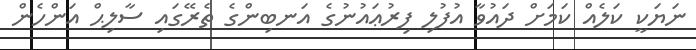
ނަޔަކީ ކަލެއް ކަމަށް ދައުވާ އުފުލި ފިރުޢައުނުގެ އަނބިންގެ ތެރޭގައި ސާލިޙް އަންހެން